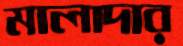
মালাদার